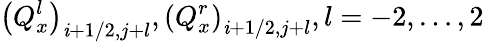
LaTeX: {{\left(Q_{x}^{l}\right)}_{\mathit{i}+1/2,j+l}},{{\left(Q_{x}^{r}\right)}_{\mathit{i}+1/2,j+l}},l=-2,\ldots,2